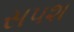
સપશ